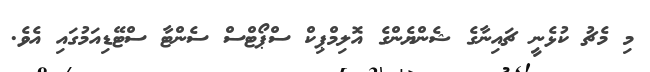
މި މެޗު ކުޅެނީ ޗައިނާގެ ޝެންޔެންގެ އޮލިމްޕިކް ސްޕޯޓްސް ސެންޓާ ސްޓޭޑިއަމުގައި އެވެ.